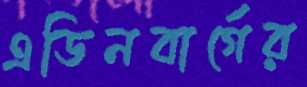
এডিনবার্গের